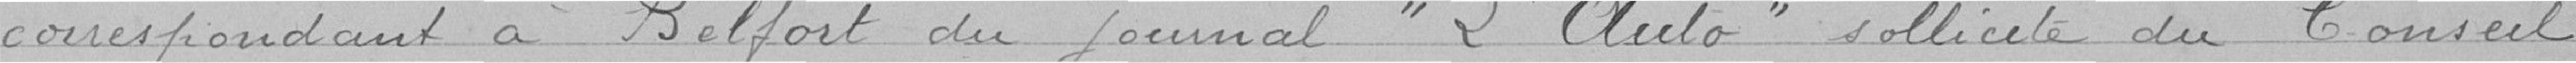
correspondant à Belfort du journal " L'auto" sollicite du Conseil